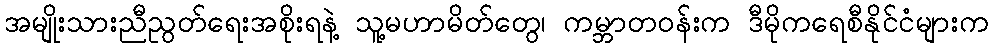
အမျိုးသားညီညွတ်ရေးအစိုးရနဲ့ သူ့မဟာမိတ်တွေ၊ ကမ္ဘာတဝန်းက ဒီမိုကရေစီနိုင်ငံများက